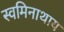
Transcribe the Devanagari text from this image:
स्वमिनाथाय